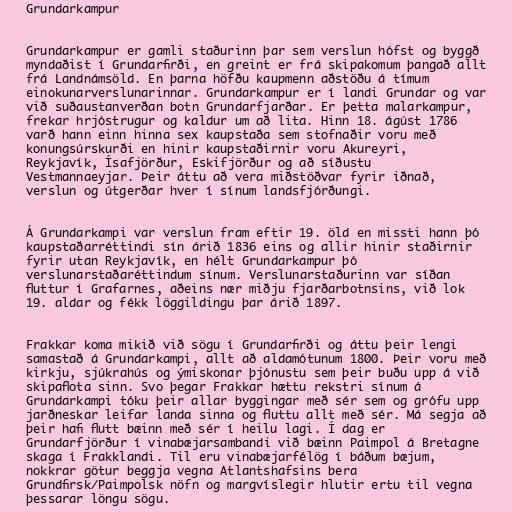
Grundarkampur

Grundarkampur er gamli staðurinn þar sem verslun hófst og byggð
myndaðist í Grundarfirði, en greint er frá skipakomum þangað allt
frá Landnámsöld. En þarna höfðu kaupmenn aðstöðu á tímum
einokunarverslunarinnar. Grundarkampur er í landi Grundar og var
við suðaustanverðan botn Grundarfjarðar. Er þetta malarkampur,
frekar hrjóstrugur og kaldur um að lita. Hinn 18. ágúst 1786
varð hann einn hinna sex kaupstaða sem stofnaðir voru með
konungsúrskurði en hinir kaupstaðirnir voru Akureyri,
Reykjavík, Ísafjörður, Eskifjörður og að síðustu
Vestmannaeyjar. Þeir áttu að vera miðstöðvar fyrir iðnað,
verslun og útgerðar hver í sínum landsfjórðungi.

Á Grundarkampi var verslun fram eftir 19. öld en missti hann þó
kaupstaðarréttindi sín árið 1836 eins og allir hinir staðirnir
fyrir utan Reykjavík, en hélt Grundarkampur þó
verslunarstaðaréttindum sínum. Verslunarstaðurinn var síðan
fluttur í Grafarnes, aðeins nær miðju fjarðarbotnsins, við lok
19. aldar og fékk löggildingu þar árið 1897.

Frakkar koma mikið við sögu í Grundarfirði og áttu þeir lengi
samastað á Grundarkampi, allt að aldamótunum 1800. Þeir voru með
kirkju, sjúkrahús og ýmiskonar þjónustu sem þeir buðu upp á við
skipaflota sinn. Svo þegar Frakkar hættu rekstri sínum á
Grundarkampi tóku þeir allar byggingar með sér sem og grófu upp
jarðneskar leifar landa sinna og fluttu allt með sér. Má segja að
þeir hafi flutt bæinn með sér í heilu lagi. Í dag er
Grundarfjörður í vinabæjarsambandi við bæinn Paimpol á Bretagne
skaga í Frakklandi. Til eru vinabæjarfélög í báðum bæjum,
nokkrar götur beggja vegna Atlantshafsins bera
Grundfirsk/Paimpolsk nöfn og margvíslegir hlutir ertu til vegna
þessarar löngu sögu.